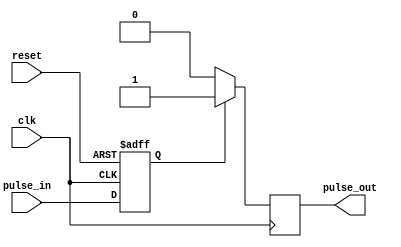
module timing_control_synchronization(
    input wire clk, // common clock signal
    input wire reset, // asyncnronous reset signal
    input wire pulse_in, // input pulse signal to be synchronized
    output reg pulse_out // synchronized and aligned output pulse signal
);

reg synced_pulse;

always @(posedge clk or posedge reset) begin
    if (reset) begin
        synced_pulse <= 1'b0; // reset output pulse
    end else begin
        synced_pulse <= pulse_in; // synchronize input pulse
    end
end

always @(posedge clk) begin
    if (synced_pulse) begin
        pulse_out <= 1'b1; // output aligned pulse
    end else begin
        pulse_out <= 1'b0; // output aligned pulse
    end
end

endmodule